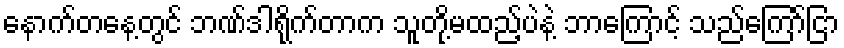
နောက်တနေ့တွင် ဘဏ်ဒါရိုက်တာက သူတို့မထည့်ပဲနဲ့ ဘာကြောင့် သည်ကြော်ငြာ